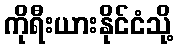
ကိုရီးယားနိုင်ငံသို့